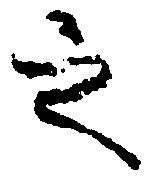
之